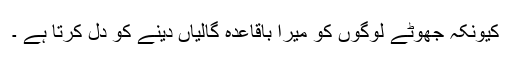
کیونکہ جھوٹے لوگوں کو میرا باقاعدہ گالیاں دینے کو دل کرتا ہے ۔